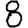
Digit: 8